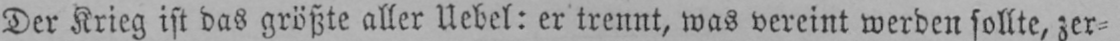
Der Krieg ist das größte aller Uebel: er trennt, was vereint werden sollte, zer⸗